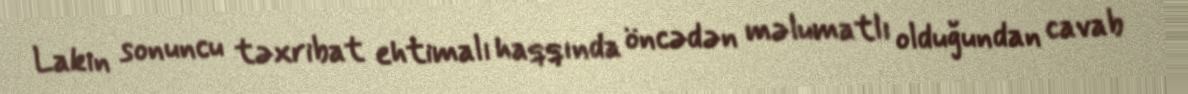
Lakin sonuncu təxribat ehtimalı haqqında öncədən məlumatlı olduğundan cavab